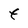
Character: t